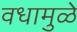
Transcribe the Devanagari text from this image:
वधामुळे